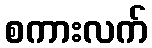
စကားလက်